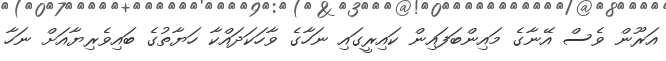
އަރޫން ވެސް އޭނާގެ މައިންބަފައިން ކައިރީގައި ނަހާގެ ވާހަކަދައްކާ ހަޔާތުގެ ބައިވެރިޔާއަށް ނަހާ